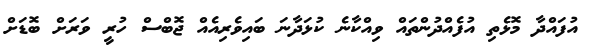
އުފައްދާ މޮޅެތި އުފެއްދުންތައް ވިއްކާނެ ކުޅަދާނަ ބައިވެރިއެއް ޖޮބްސް ހުރީ ވަރަށް ބޮޑަށް